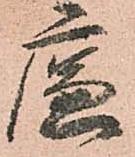
廉